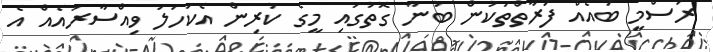
ރަސްމީ ބައެއް ފަރާތްތަކުން ބުނާ ގޮތުގައި މީގެ ކުރިން އެކަހަލަ ވިއްސާރައެއް އެ